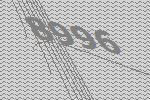
8996